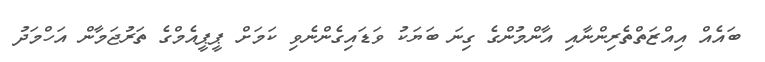
ބައެއް އިއްޒަތްތެރިންނާއި އާންމުންގެ ގިނަ ބަޔަކު ވަޑައިގެންނެވި ކަމަށް ޕީޕީއެމްގެ ތަރުޖަމާން އަހްމަދު